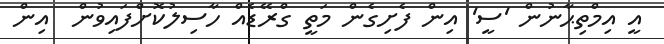
އީ އިމްތިޙާނުން 'ސީ' އިން ފެށިގެން މަތީ ގްރޭޑެއް ހާސިލުކޮށްފައިވުން  އިން